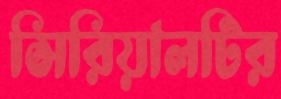
সিরিয়ালটির